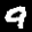
Label: 9